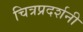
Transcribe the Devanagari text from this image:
चित्रप्रदर्शनी